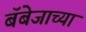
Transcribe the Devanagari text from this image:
बॅबेजाच्या